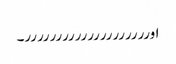
اورررررررررررررررررررر۔